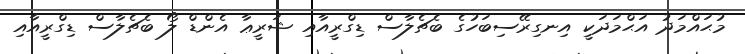
މުޙައްމަދު އަޙްމަދަކީ އިނގިރޭސިބަހުގެ ބެޗެލާސް ޑިގްރީއާއި ޝަރީޢާ އެންޑް ލޯ ބެޗެލާސް ޑިގްރީއާއި